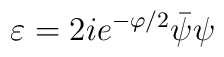
\varepsilon=2ie^{-\varphi/2}\bar\psi\psi